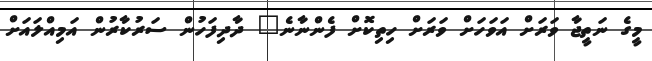
މީގެ ނަތީޖާ ވަރަށް އަވަހަށް ވަރަށް ހިތިކޮށް ފެންނާނެ" ދާދިފަހުން ސަރުކާރުން އަމިއްލައަށް